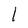
Character: l